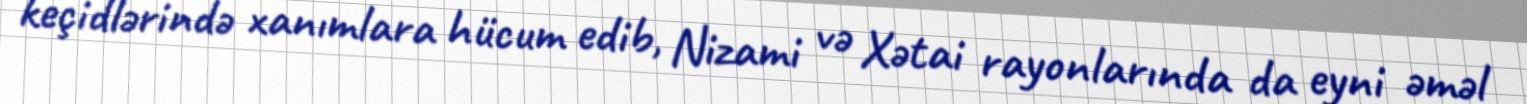
keçidlərində xanımlara hücum edib, Nizami və Xətai rayonlarında da eyni əməl